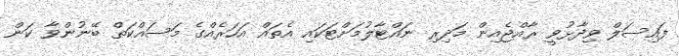
ފައިސަލް ވިދާޅުވީ ރާއްޖެއިން މަދިރި ނައްޓާލުމަށްޓަކައި އެތައް އަހަރެއްގެ މަސައްކަތް ބޭނުންވާ ކަން